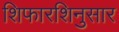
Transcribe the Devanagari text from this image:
शिफारशिनुसार